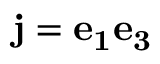
\mathbf { j } = \mathbf { e _ { 1 } } \mathbf { e _ { 3 } }